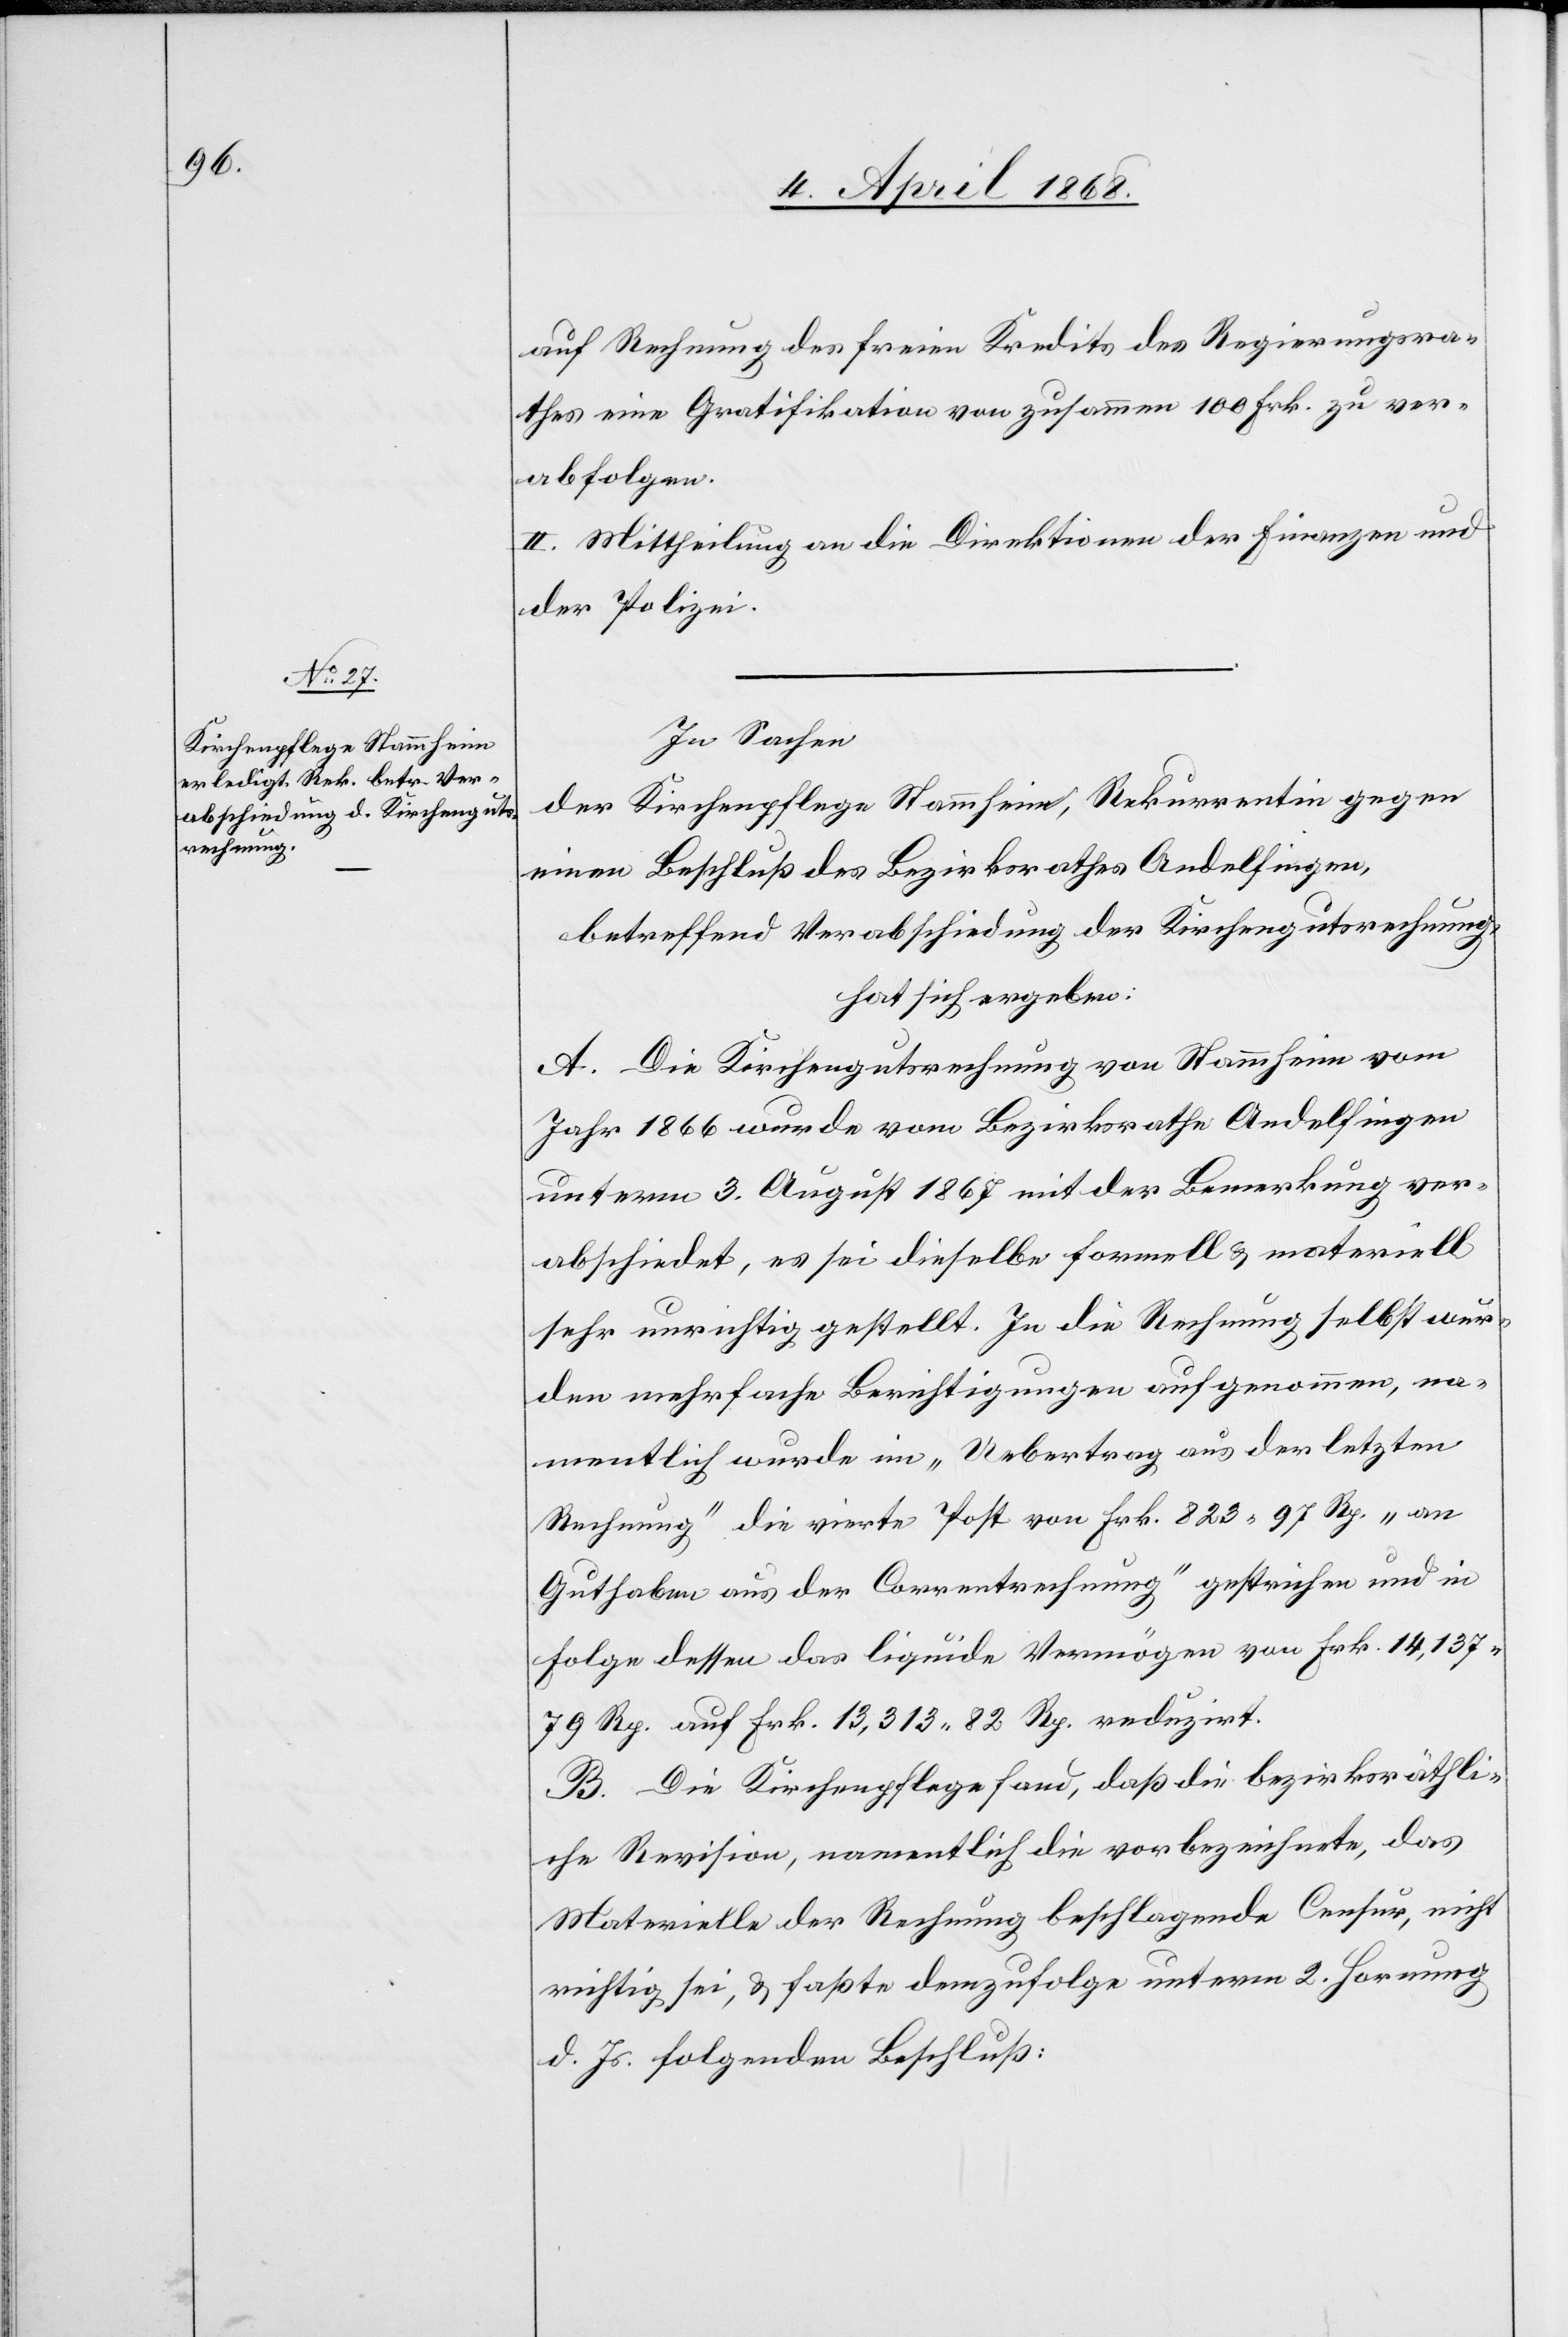
auf Rechnung des freien Kredits des Regierungsra¬
thes eine Gratifikation von zusammen 100 Frk. zu ver¬
abfolgen.
II. Mittheilung an die Direktionen der Finanzen und
der Polizei.